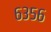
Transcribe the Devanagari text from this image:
६३५६